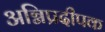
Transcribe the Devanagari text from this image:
अग्निप्रदीपक